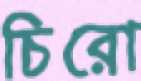
চিরো